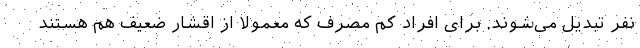
نفر تبدیل می‌شوند. برای افراد کم مصرف که معمولا از اقشار ضعیف هم هستند